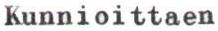
Kunnioittaen